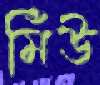
মিঁউ